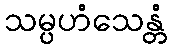
သမ္ပဟံသေန္တံ